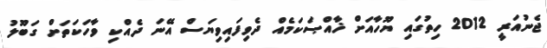
ޖެނުއަރީ 2012 ހިތުގައި ޔޫހާއަށް ޚާއްޞަކަމެއް ދެވިފައިވިޔަސް އޭނަ ދެއްކި ވާހަކަތަށް ގަބޫލު